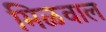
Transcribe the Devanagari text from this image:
मिळवाल